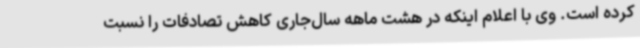
کرده است. وی با اعلام اینکه در هشت ماهه سال‌جاری کاهش تصادفات را نسبت